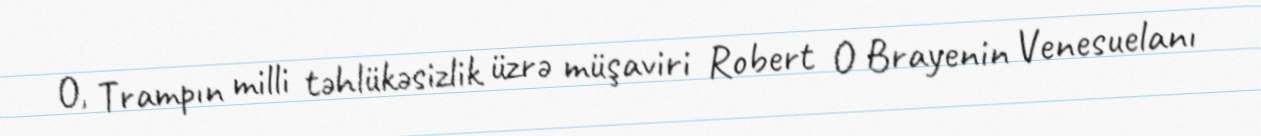
O, Trampın milli təhlükəsizlik üzrə müşaviri Robert O Brayenin Venesuelanı